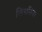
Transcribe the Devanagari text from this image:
लिगनिन।